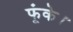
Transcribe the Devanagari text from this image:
फूंके।